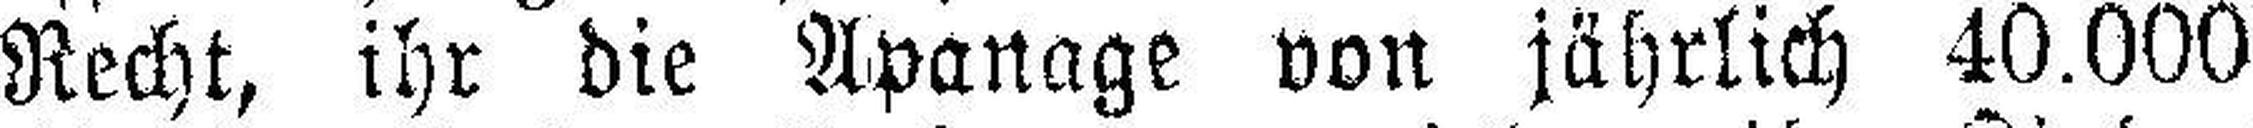
Recht, ihr die Apanage von jährlich 40.000